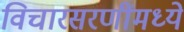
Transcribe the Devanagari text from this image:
विचारसरणींमध्ये